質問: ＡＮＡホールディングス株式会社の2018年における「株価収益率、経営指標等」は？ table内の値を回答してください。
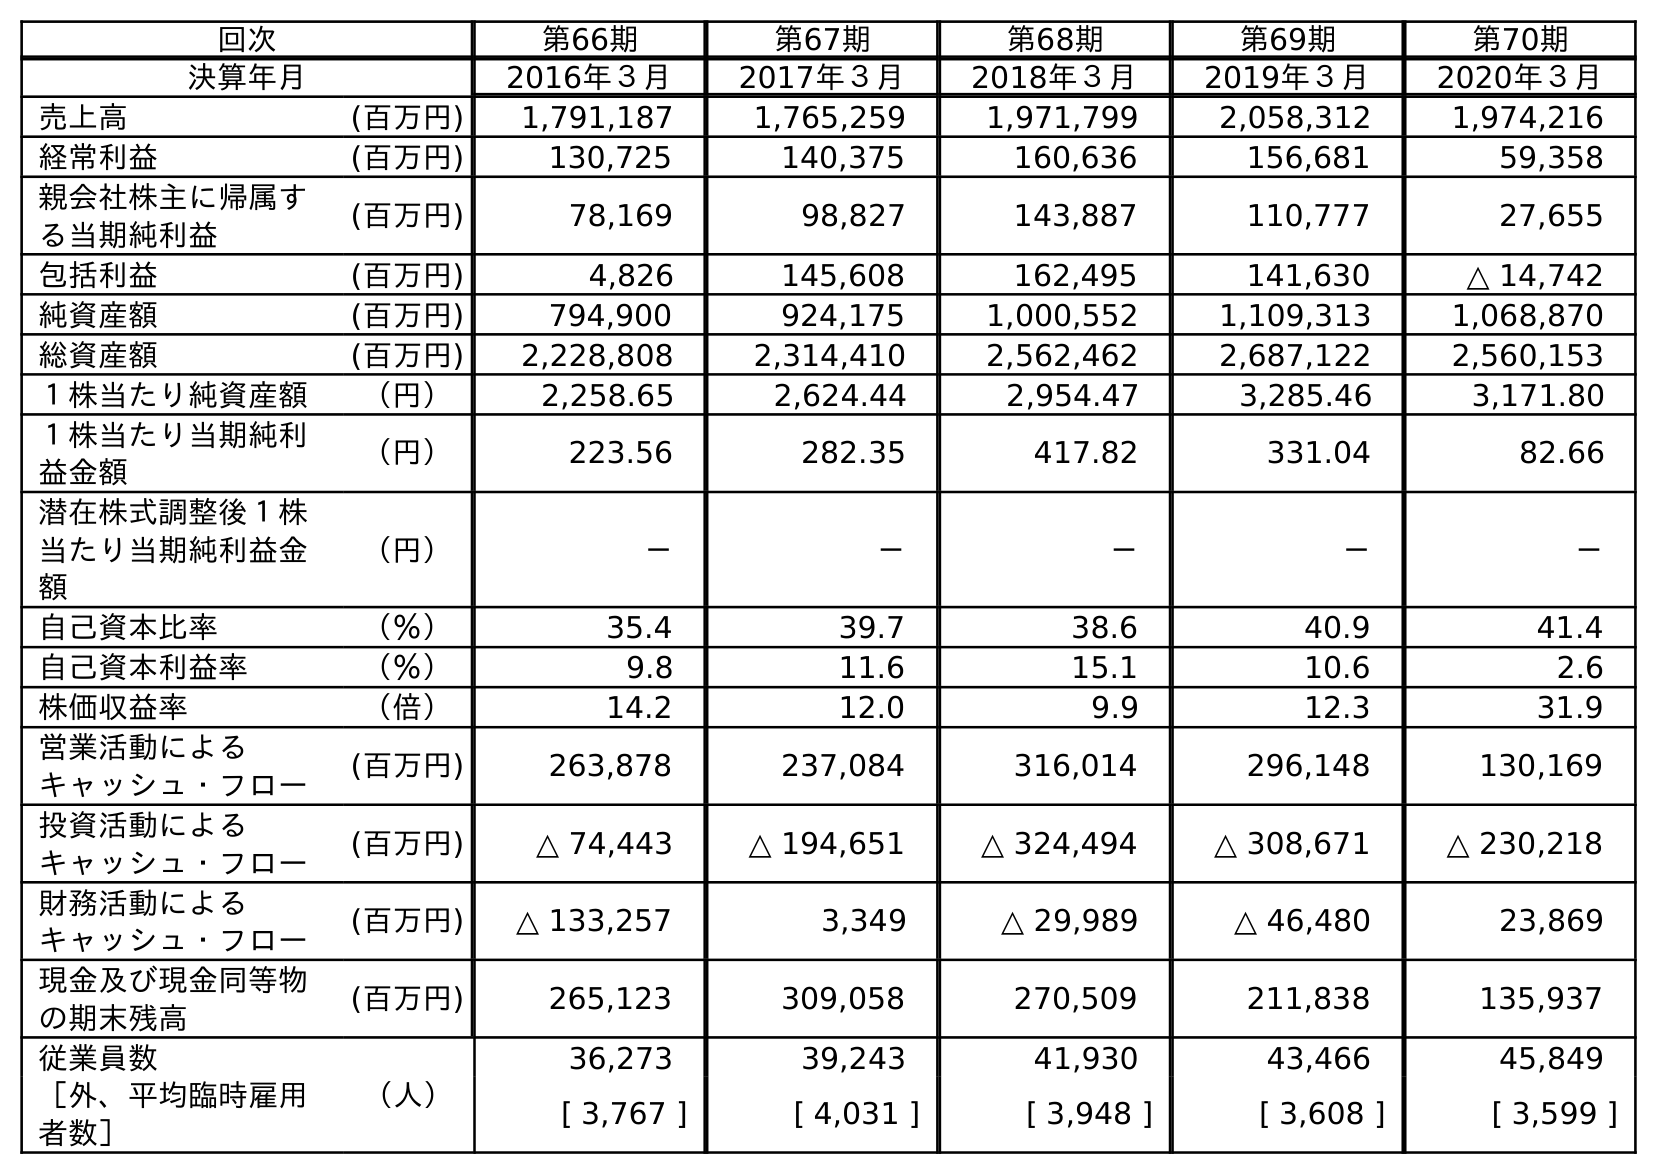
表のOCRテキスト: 回次 第66期 第67期 第68期 第69期 第70期 決算年月 2016年３月 2017年３月 2018年３月 2019年３月 2020年３月 売上高 (百万円) 1,791,187 1,765,259 1,971,799 2,058,312 1,974,216 経常利益 (百万円) 130,725 140,375 160,636 156,681 59,358 親会社株主に帰属す る当期純利益 (百万円) 78,169 98,827 143,887 110,777 27,655 包括利益 (百万円) 4,826 145,608 162,495 141,630 △ 14,742 純資産額 (百万円) 794,900 924,175 1,000,552 1,109,313 1,068,870 総資産額 (百万円) 2,228,808 2,314,410 2,562,462 2,687,122 2,560,153 １株当たり純資産額 （円） 2,258.65 2,624.44 2,954.47 3,285.46 3,171.80 １株当たり当期純利 益金額 （円） 223.56 282.35 417.82 331.04 82.66 潜在株式調整後１株 当たり当期純利益金 額 （円） － － － － － 自己資本比率 （％） 35.4 39.7 38.6 40.9 41.4 自己資本利益率 （％） 9.8 11.6 15.1 10.6 2.6 株価収益率 （倍） 14.2 12.0 9.9 12.3 31.9 営業活動による キャッシュ・フロー (百万円) 263,878 237,084 316,014 296,148 130,169 投資活動による キャッシュ・フロー (百万円) △ 74,443 △ 194,651 △ 324,494 △ 308,671 △ 230,218 財務活動による キャッシュ・フロー (百万円) △ 133,257 3,349 △ 29,989 △ 46,480 23,869 現金及び現金同等物 の期末残高 (百万円) 265,123 309,058 270,509 211,838 135,937 従業員数 （人） 36,273 39,243 41,930 43,466 45,849 ［外、平均臨時雇用 者数］ [ 3,767 ] [ 4,031 ] [ 3,948 ] [ 3,608 ] [ 3,599 ]
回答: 9.9